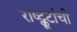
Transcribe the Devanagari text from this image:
राष्ट्कूटांची